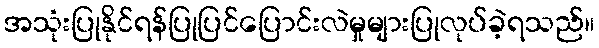
အသုံးပြုနိုင်ရန်ပြုပြင်ပြောင်းလဲမှုများပြုလုပ်ခဲ့ရသည်။